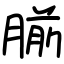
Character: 𫆨